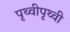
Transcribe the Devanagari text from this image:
पृथ्वीपृथ्वी